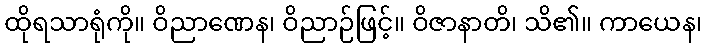
ထိုရသာရုံကို။ ဝိညာဏေန၊ ဝိညာဉ်ဖြင့်။ ဝိဇာနာတိ၊ သိ၏။ ကာယေန၊